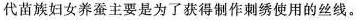
代苗族妇女养蚕主要是为了获得制作刺绣使用的丝线。